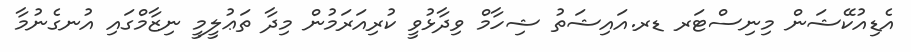
އެޑިއުކޭޝަން މިނިސްޓަރ ޑރ.އައިޝަތު ޝިހާމް ވިދާޅުވީ ކުރިއަރަމުން މިދާ ތަޢުލީމީ ނިޒާމްގައި އުނގެނުމާ